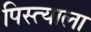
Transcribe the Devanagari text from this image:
पिस्त्याला